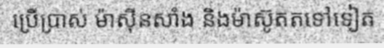
ប្រើប្រាស់ ម៉ាស៊ីនសាំង និងម៉ាស៊ូតតទៅទៀត